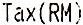
TAX(RM)